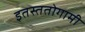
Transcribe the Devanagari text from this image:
इतस्ततोगामी